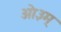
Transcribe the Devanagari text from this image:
आे३म्